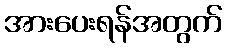
အားပေးရန်အတွက်